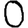
Digit: 0